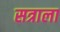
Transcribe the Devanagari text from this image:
सत्राला